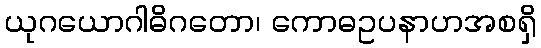
ယုဂယောဂါဓိဂတော၊ ကောဓဥပနာဟအစရှိ